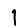
Digit: 1